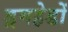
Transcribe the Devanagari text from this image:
ड्रमहेडों